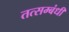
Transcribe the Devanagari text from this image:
तत्सम्बंधी